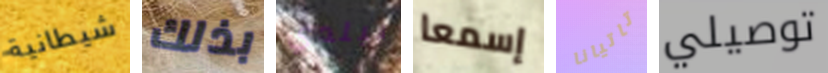
شيطانية بذلك لبلدي إسمعا تاتيانا توصيلي